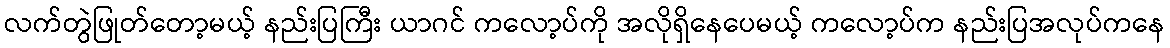
လက်တွဲဖြုတ်တော့မယ့် နည်းပြကြီး ယာဂင် ကလော့ပ်ကို အလိုရှိနေပေမယ့် ကလော့ပ်က နည်းပြအလုပ်ကနေ